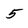
Character: 5